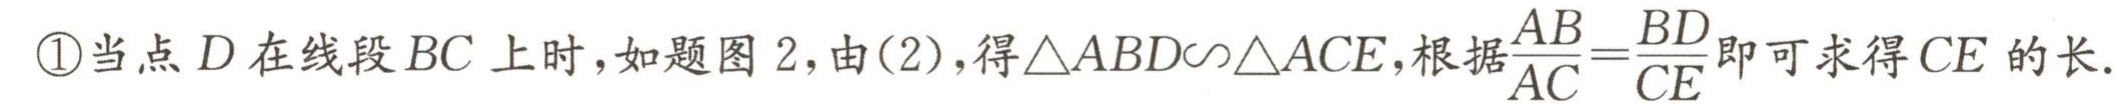
\textcircled{1}当点\(D\)在线段\(BC\)上时，如题图\(2\)，由\((2)\)，得\(\triangle ABD\sim\triangle ACE\)，根据\(\frac{AB}{AC}=\frac{BD}{CE}\)即可求得\(CE\)的长.